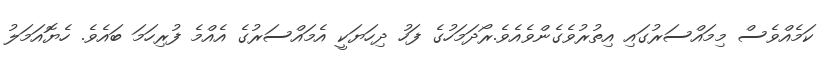
ކަމެއްވެސް މިމައްސަރުގައި އިތުރުވެގެންވެއެވެ.ރޯދަމަހުގެ ފަހު ދިހަޔަކީ އެމައްސަރުގެ އެއްމެ ފުރިހަމަ ބައެވެ. ހެޔޮއަމަލު